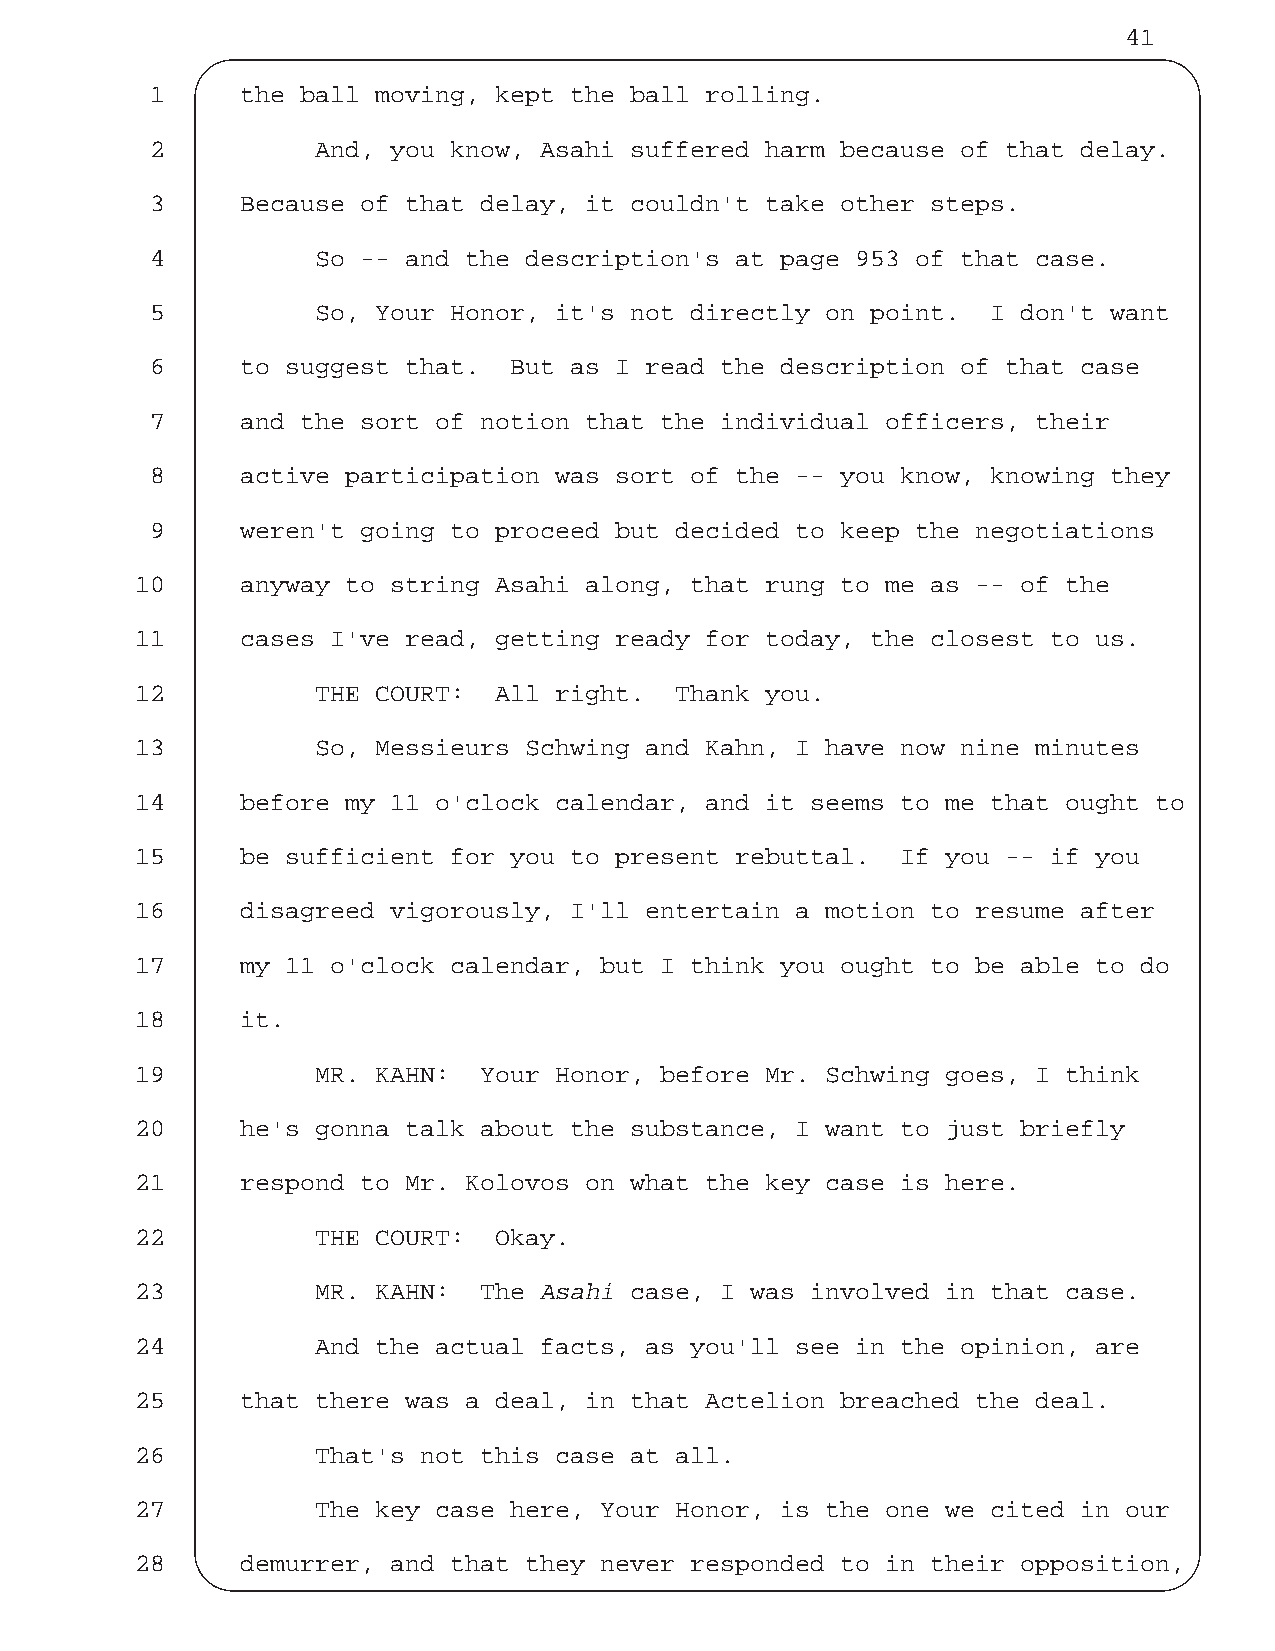
41
 1     the ball moving, kept the ball rolling.
 2          And, you know, Asahi suffered harm because of that delay.
 3     Because of that delay, it couldn't take other steps.
 4          So -- and the description's at page 953 of that case.
 5          So, Your Honor, it's not directly on point.  I don't want
 6     to suggest that.  But as I read the description of that case
 7     and the sort of notion that the individual officers, their
 8     active participation was sort of the -- you know, knowing they
 9     weren't going to proceed but decided to keep the negotiations
 10     anyway to string Asahi along, that rung to me as -- of the
 11     cases I've read, getting ready for today, the closest to us.
 12          THE COURT:  All right.  Thank you.
 13          So, Messieurs Schwing and Kahn, I have now nine minutes
 14     before my 11 o'clock calendar, and it seems to me that ought to
 15     be sufficient for you to present rebuttal.  If you -- if you
 16     disagreed vigorously, I'll entertain a motion to resume after
 17     my 11 o'clock calendar, but I think you ought to be able to do
 18     it.
 19          MR. KAHN:  Your Honor, before Mr. Schwing goes, I think
 20     he's gonna talk about the substance, I want to just briefly
 21     respond to Mr. Kolovos on what the key case is here.
 22          THE COURT:  Okay.
 23          MR. KAHN:  The Asahi case, I was involved in that case.
 24          And the actual facts, as you'll see in the opinion, are
 25     that there was a deal, in that Actelion breached the deal.
 26          That's not this case at all.
 27          The key case here, Your Honor, is the one we cited in our
 28     demurrer, and that they never responded to in their opposition,